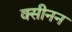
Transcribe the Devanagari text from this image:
क्सीनन